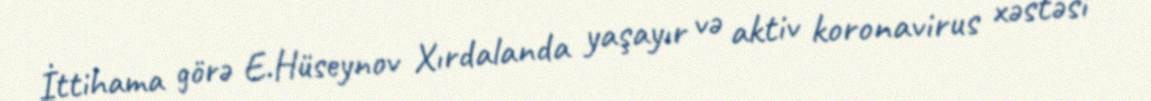
İttihama görə E.Hüseynov Xırdalanda yaşayır və aktiv koronavirus xəstəsi